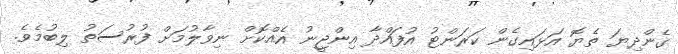
ގެންދިޔަ ތެޔޮ އަޅައިގެން ކަރަންޓު އުފައްދާ އިންޖީނު އެއްކޮށް ނިވާލުމަށް ފުރުސަތު ލިބުމެވެ.